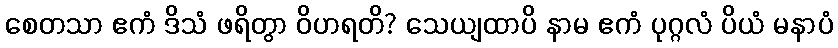
စေတသာ ဧကံ ဒိသံ ဖရိတွာ ဝိဟရတိ? သေယျထာပိ နာမ ဧကံ ပုဂ္ဂလံ ပိယံ မနာပံ